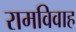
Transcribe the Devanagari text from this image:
रामविवाह